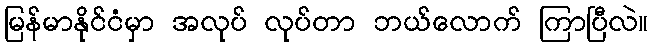
မြန်မာနိုင်ငံမှာ အလုပ် လုပ်တာ ဘယ်လောက် ကြာပြီလဲ။